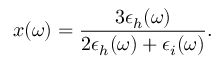
x ( \omega ) = \frac { 3 \epsilon _ { h } ( \omega ) } { 2 \epsilon _ { h } ( \omega ) + \epsilon _ { i } ( \omega ) } .